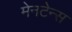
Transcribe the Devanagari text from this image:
मेनटेन्स